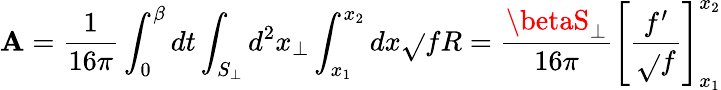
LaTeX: \mathbf{A}=\frac{{1}}{{16\pi}}\int_{0}^{\beta}dt\int_{S_{\perp}}d^{2}x_{\perp}\int_{x_{1}}^{x_{2}}dx\sqrt{}{{f}}R=\frac{{\betaS_{\perp}}}{{16\pi}}\left[\frac{{f^{\prime}}}{{\sqrt{}{{f}}}}\right]_{x_{1}}^{x_{2}}